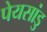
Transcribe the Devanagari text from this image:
पेयसांडु